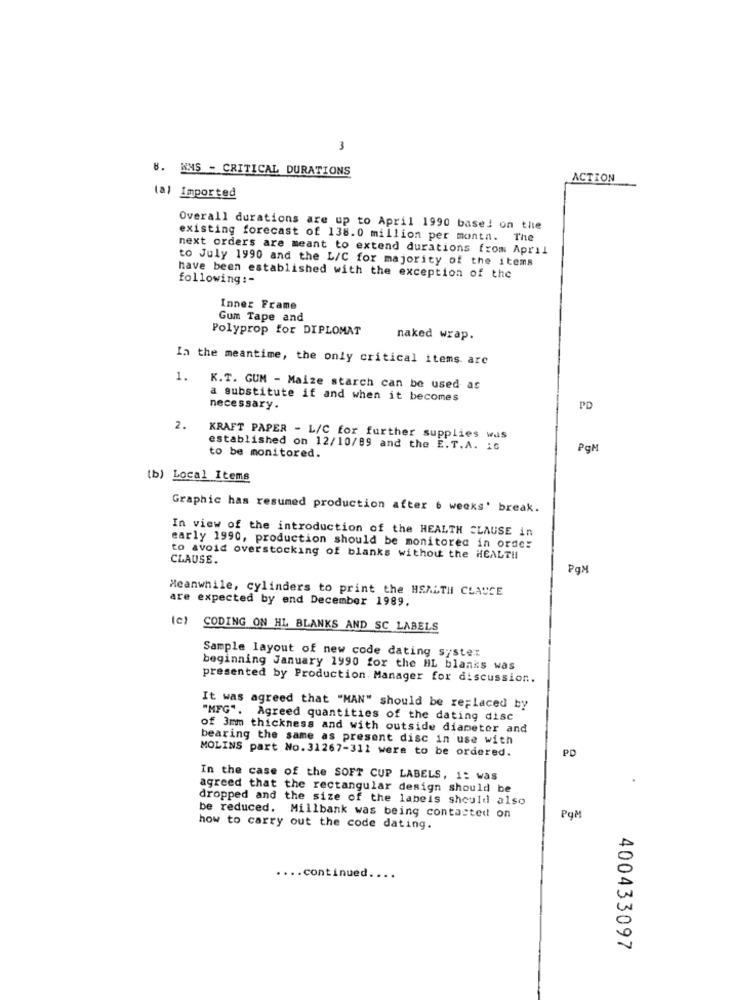
3
8. NMS - CRITICAL DURATIONS
ACTION
(a) Imported
Overall durations are up to April 1990 based on the
existing forecast of 138.0 million per montn. The
next orders are meant to extend durations from April
to July 1990 and the L/C for majority of the items
following :-
have been established with the exception of the
Inner Frame
Gum Tape and
Polyprop for DIPLOMAT
naked wrap.
In the meantime, the only critical items are
1.
K.T. GUM - Maize starch can be used as
a substitute if and when it becomes
necessary.
PD
2.
KRAFT PAPER - L/C for further supplies was
established on 12/10/89 and the E.T.A. 15
PgM
to be monitored.
[b) Local Items
Graphic has resumed production after 6 weeks' break.
In view of the introduction of the HEALTH CLAUSE in
early 1990, production should be monitored in orde:
CLAUSE.
to avoid overstocking of blanks without the HEALTH
PqM
Meanwhile, cylinders to print the HEALTH CLAUCE
are expected by end December 1989.
CODING ON HL BLANKS AND SC LABELS
Sample layout of new code dating syster
beginning January 1990 for the HL blanks was
presented by Production Manager for discussion.
It was agreed that "MAN" should be replaced by
"MFG". Agreed quantities of the dating disc
of 3mm thickness and with outside diameter and
bearing the same as present disc in use with
MOLINS part No.31267-311 were to be ordered.
PD
In the case of the SOFT CUP LABELS, 1: was
agreed that the rectangular design should be
dropped and the size of the labels should also
be reduced. Millbank was being contacted on
how to carry out the code dating.
continued
400433097